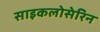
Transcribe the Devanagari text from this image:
साइकलोसेरिन